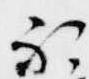
不